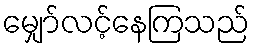
မျှော်လင့်နေကြသည်